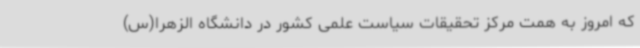
که امروز به همت مرکز تحقیقات سیاست علمی کشور در دانشگاه الزهرا(س)